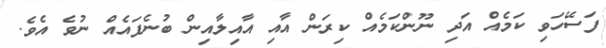
ފަސޭހަވި ކަމެއް އަދި ނޫންކަމެއް ކިރަން އާއި އާއިލާއިން ބުނެފައެއް ނުވެ އެވެ.